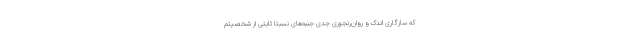
که سازگاری اندک و روان‌رنجوری جدی جنبه‌های نسبتاً ثابتی از شخصیتم